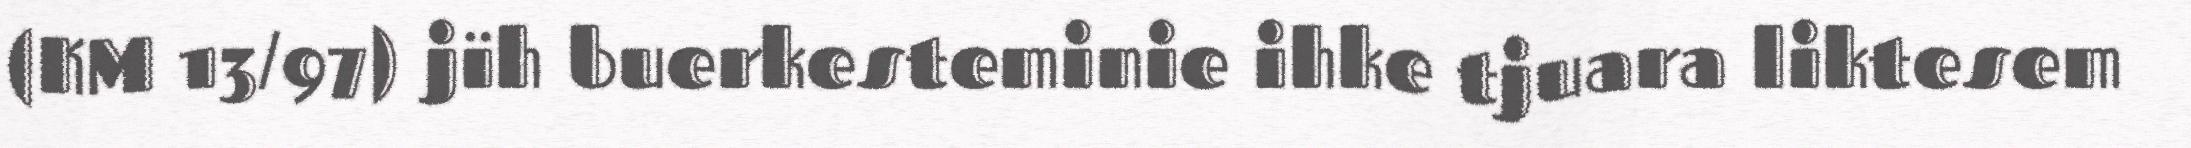
(KM 13/97) jïh buerkesteminie ihke tjuara liktesem